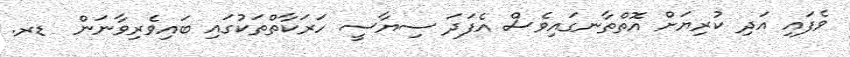
ވެފައި އަދި ކުރިޔަށް އޮތްތާނގައިވެސް އެފަދަ ސިޔާސީ ހަރަކާތްތަކުގައި ބައިވެރިވާނަން  ޑރ.